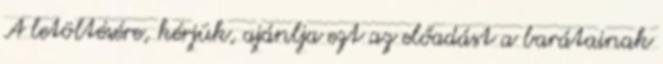
A letöltésére, kérjük, ajánlja ezt az előadást a barátainak